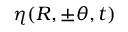
\eta ( R , \pm \theta , t )